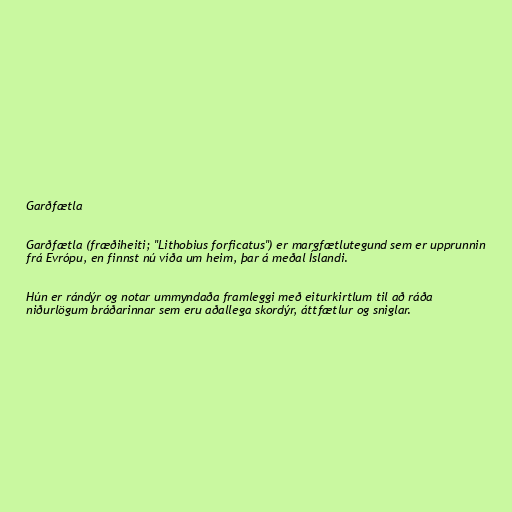
Garðfætla

Garðfætla (fræðiheiti; "Lithobius forficatus") er margfætlutegund sem er upprunnin
frá Evrópu, en finnst nú víða um heim, þar á meðal Íslandi.

Hún er rándýr og notar ummyndaða framleggi með eiturkirtlum til að ráða
niðurlögum bráðarinnar sem eru aðallega skordýr, áttfætlur og sniglar.